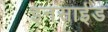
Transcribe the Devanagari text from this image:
इनसाईड